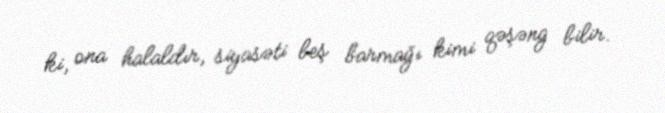
ki, ona halaldır, siyasəti beş barmağı kimi qəşəng bilir.